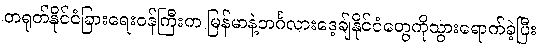
တရုတ်နိုင်ငံခြားရေးဝန်ကြီးက မြန်မာနဲ့ဘင်္ဂလားဒေ့ချ်နိုင်ငံတွေကိုသွားရောက်ခဲ့ပြီး